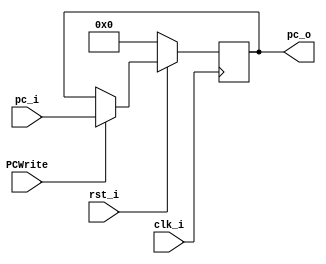
/***************************************************
Student Name:   (Lab5)
Student ID: 0816032 0816102
***************************************************/

`timescale 1ns/1ps

module ProgramCounter(
    input				clk_i,
	input 				rst_i,
	input 				PCWrite,
	input	   [32-1:0] pc_i,
	output reg [32-1:0] pc_o
	);
 
//Main function
always @(posedge clk_i) begin
		if (~rst_i)
			pc_o <= 0;
		else if (PCWrite)
			pc_o <= pc_i;
	end

endmodule